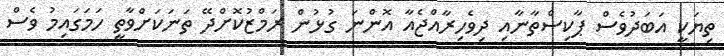
ތިޔަކީ އަބަދުވެސް ޕާކިސްތާނާއި ދިވެހިރާއްޖެއާ އޮންނަ ގުޅުން ރަމްޒުކޮށްދޭ ތަނަކަށްވާތީ ހަމަގައިމު ވެސް